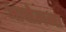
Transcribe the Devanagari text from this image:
आचोलना